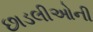
છાડલીઓની